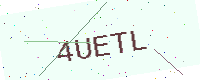
Text: 4UETL